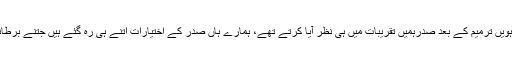
حقیقت میں ماضی میں خاص طور پر اٹھارہویں ترمیم کے بعد صدرہمیں تقریبات میں ہی نظر آیا کرتے تھے، ہمارے ہاں صدر کے اختیارات اتنے ہی رہ گئے ہیں جتنے برطانیہ کی ملکہ اور بھارت کے صدر کے ہیں۔